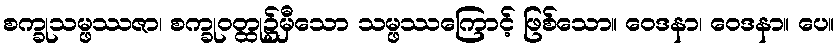
စက္ခုသမ္ဖဿဇာ၊ စက္ခုဝတ္ထု၌မှီသော သမ္ဖဿကြောင့် ဖြစ်သော။ ဝေဒနာ၊ ဝေဒနာ။ ပေ။